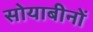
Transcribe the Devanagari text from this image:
सोयाबीनों